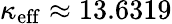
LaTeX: \kappa_{\mathrm{eff}}\approx 13.6319